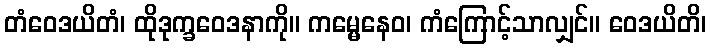
တံဝေဒယိတံ၊ ထိုဒုက္ခဝေဒနာကို။ ကမ္မေနေဝ၊ ကံကြောင့်သာလျှင်။ ဝေဒယိတိ၊